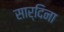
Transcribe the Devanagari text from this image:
सार्दिना